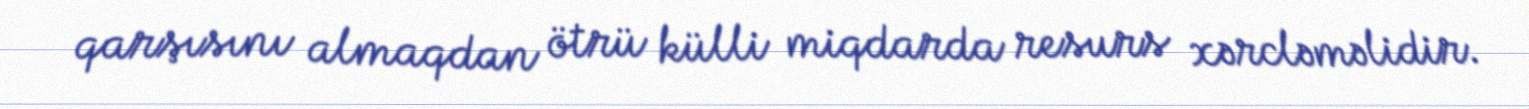
qarşısını almaqdan ötrü külli miqdarda resurs xərcləməlidir.